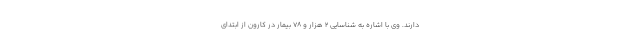
دارند. وی با اشاره به شناسایی ۲ هزار و ۷۸ بیمار در کارون از ابتدای